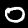
Digit: 0